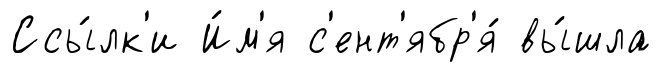
Ссы́лк'и И́м'я с'ент'ябр'я́ вы́шла